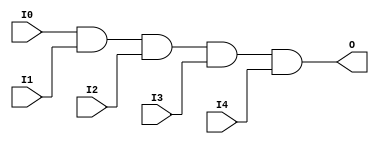
// $Header: /devl/xcs/repo/env/Databases/CAEInterfaces/xec_libs/data/unisims/AND5.v,v 1.1 2005/05/10 01:20:03 wloo Exp $

/*

FUNCTION	: 5-INPUT AND GATE

*/

`celldefine
`timescale  100 ps / 10 ps

module AND5 (O, I0, I1, I2, I3, I4);

    output O;

    input  I0, I1, I2, I3, I4;

    and A1 (O, I0, I1, I2, I3, I4);

endmodule